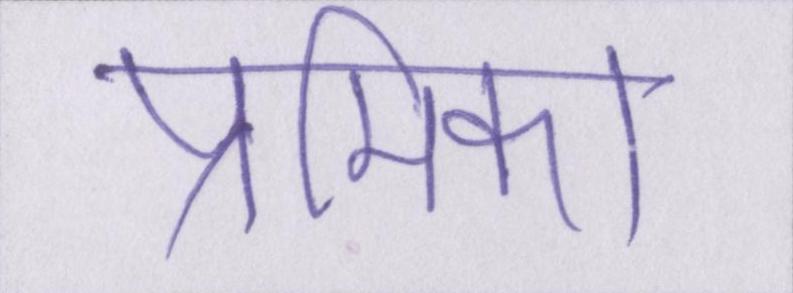
प्रेमिका